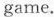
game.